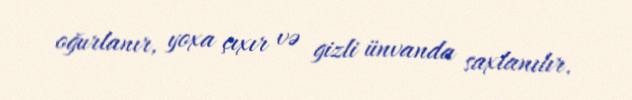
oğurlanır, yoxa çıxır və gizli ünvanda saxlanılır.